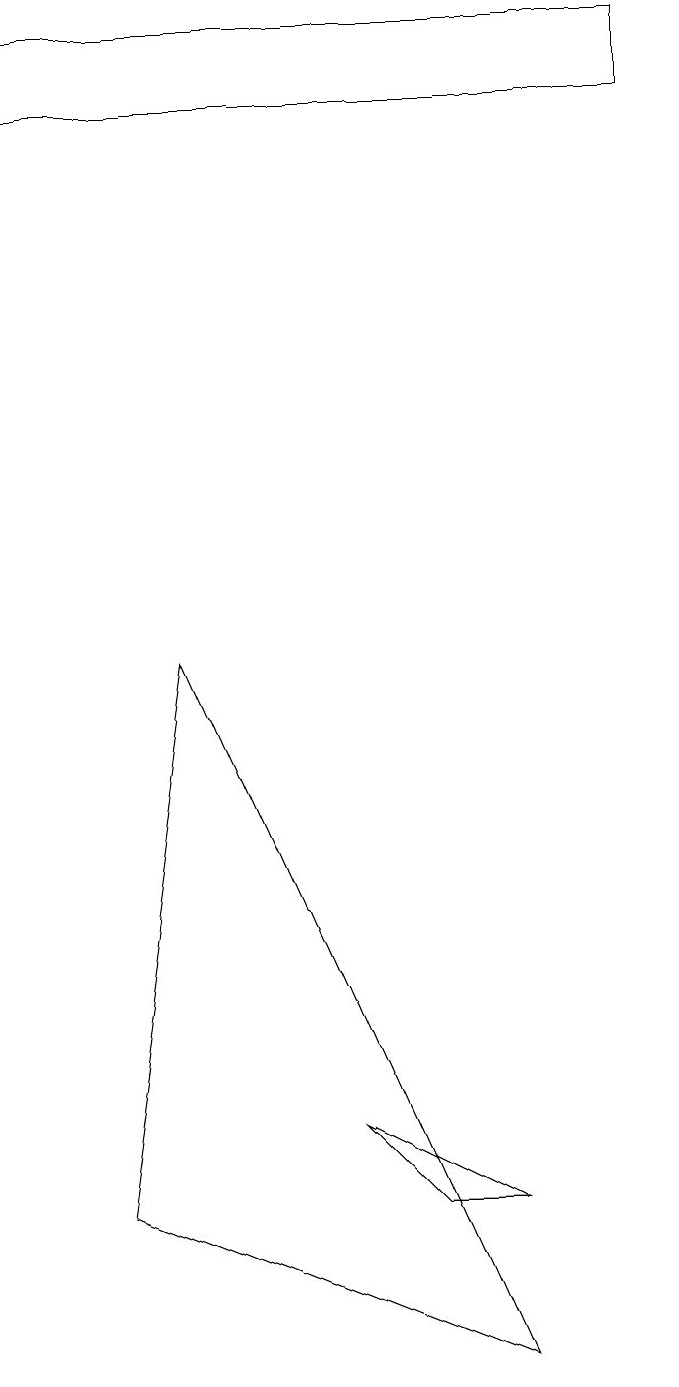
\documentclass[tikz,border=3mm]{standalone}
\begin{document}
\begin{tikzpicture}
\draw (1,16) rectangle (9,17);
\draw (9,16) rectangle (1,16);
\draw (3,9) -- (7,0) -- (2,2) -- cycle;
\draw (5,3) -- (6,2) -- (7,2) -- cycle;
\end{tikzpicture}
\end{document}